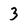
Character: 3